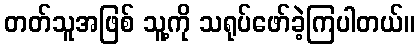
တတ်သူအဖြစ် သူ့ကို သရုပ်ဖော်ခဲ့ကြပါတယ်။